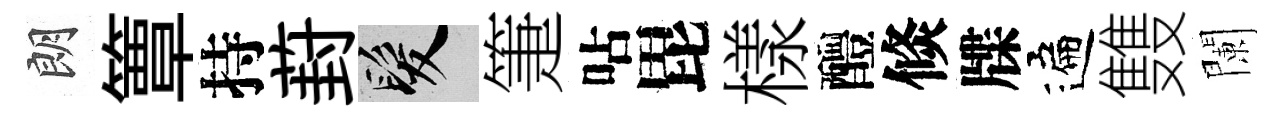
朗簟持葑髮箑呫毘樣醴倐牒遍䨇闌